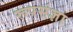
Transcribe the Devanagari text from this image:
रूपसंज्ञा